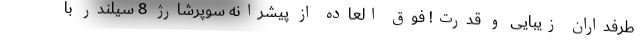
طرفداران زیبایی و قدرت! فوق العاده از پیشرانه سوپرشارژ 8 سیلندر با